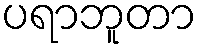
ပရာဘူတာ